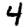
Digit: 4